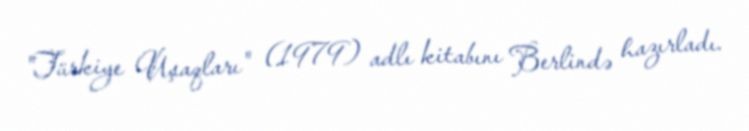
"Türkiye Uşaqları" (1979) adlı kitabını Berlində hazırladı.